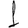
Digit: 1